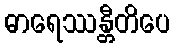
ဓာရေဿန္တီတိပေ